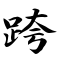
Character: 跨